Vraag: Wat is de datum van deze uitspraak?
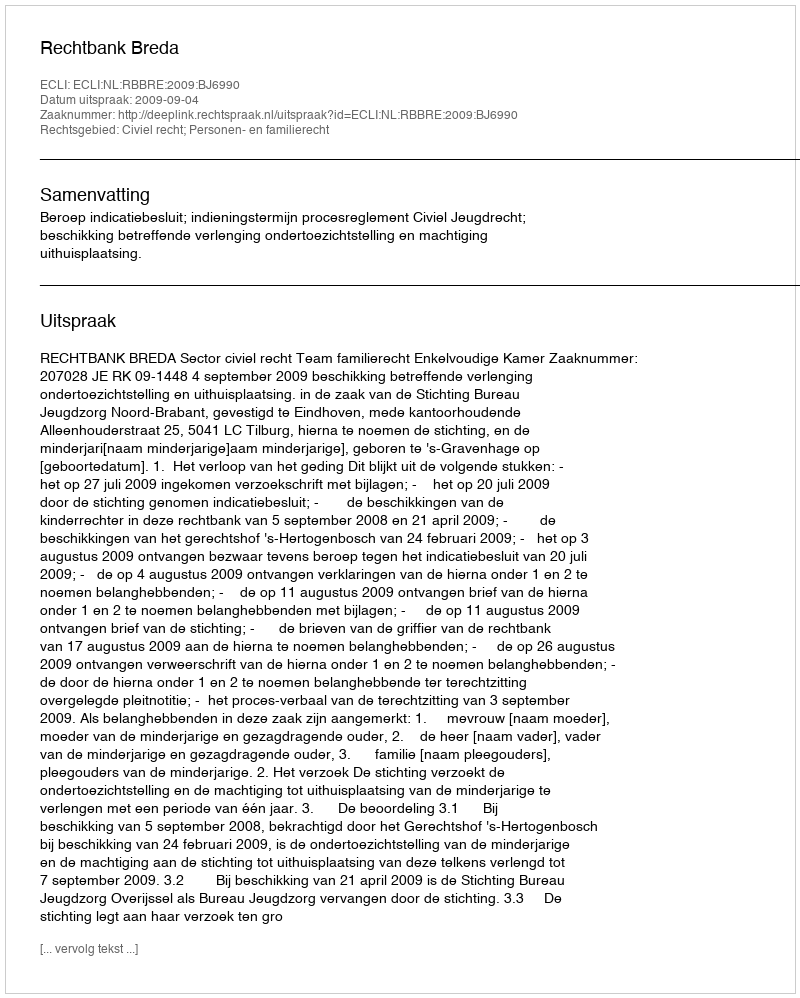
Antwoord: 2009-09-04